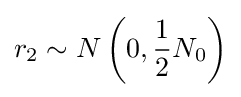
r_{2}\sim N\left(0,{\frac {1}{2}}N_{0}\right)